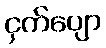
ငှက်ပျော